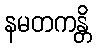
နမတကန္တိ